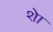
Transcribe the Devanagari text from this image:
शेा